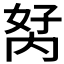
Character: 𭁮